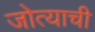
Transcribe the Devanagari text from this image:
जोत्याची